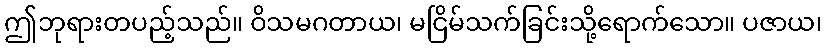
ဤဘုရားတပည့်သည်။ ဝိသမဂတာယ၊ မငြိမ်သက်ခြင်းသို့ရောက်သော။ ပဇာယ၊